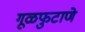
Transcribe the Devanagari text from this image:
गूळफुटाणे